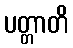
ပတ္တာတိ